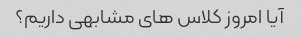
آیا امروز کلاس های مشابهی داریم؟